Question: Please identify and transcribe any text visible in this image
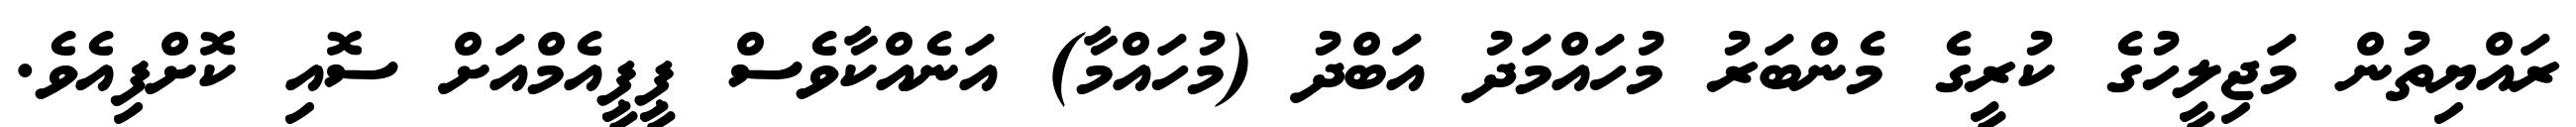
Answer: ރައްޔިތުން މަޖިލީހުގެ ކުރީގެ މެންބަރު މުހައްމަދު އަބްދު (މުހައްމާ) އަނެއްކާވެސް ޕީޕީއެމްއަށް ސޮއި ކޮށްފިއެވެ.